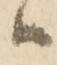
ハ